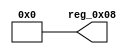
module r_USBPD_REV_VER_LOW(output wire [7:0] reg_0x08);
	assign reg_0x08=8'h00;
endmodule